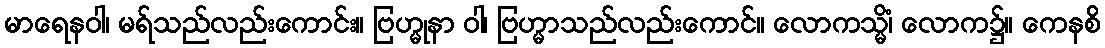
မာရေနဝါ၊ မရ်သည်လည်းကောင်း။ ဗြဟ္မုနာ ဝါ၊ ဗြဟ္မာသည်လည်းကောင်။ လောကသ္မိံ၊ လောက၌။ ကေနစိ